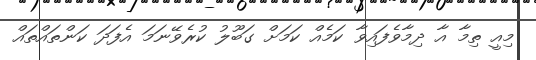
މިއީ ތިމާ އާ ދިމާވެފައިވާ ކަމެއް ކަމަށް ގަބޫލު ކުރެވޭނަމަ އެފަދަ ކަންތައްތައް